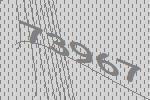
73967